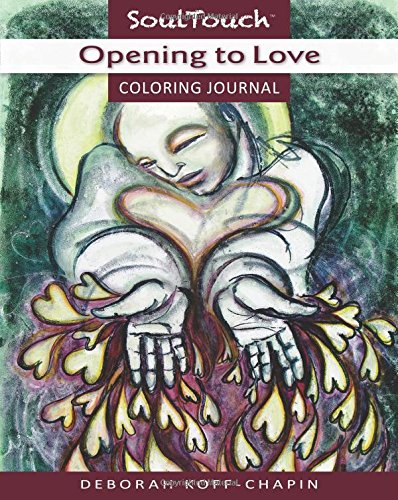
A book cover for OPENING TO LOVE: Soul Touch Coloring Journal (Center for Touch Drawing); Deborah Koff-Chapin; Self-Help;